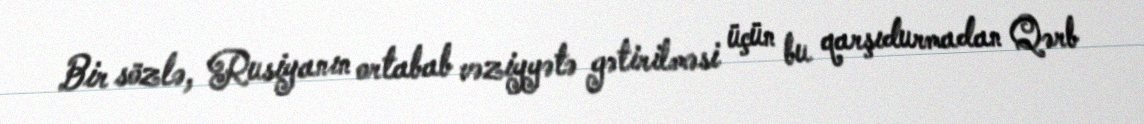
Bir sözlə, Rusiyanın ortabab vəziyyətə gətirilməsi üçün bu qarşıdurmadan Qərb